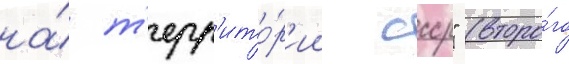
на́ т'ерр'ито́р'ии ссср" (второ́го